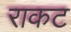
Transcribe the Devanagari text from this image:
राकट